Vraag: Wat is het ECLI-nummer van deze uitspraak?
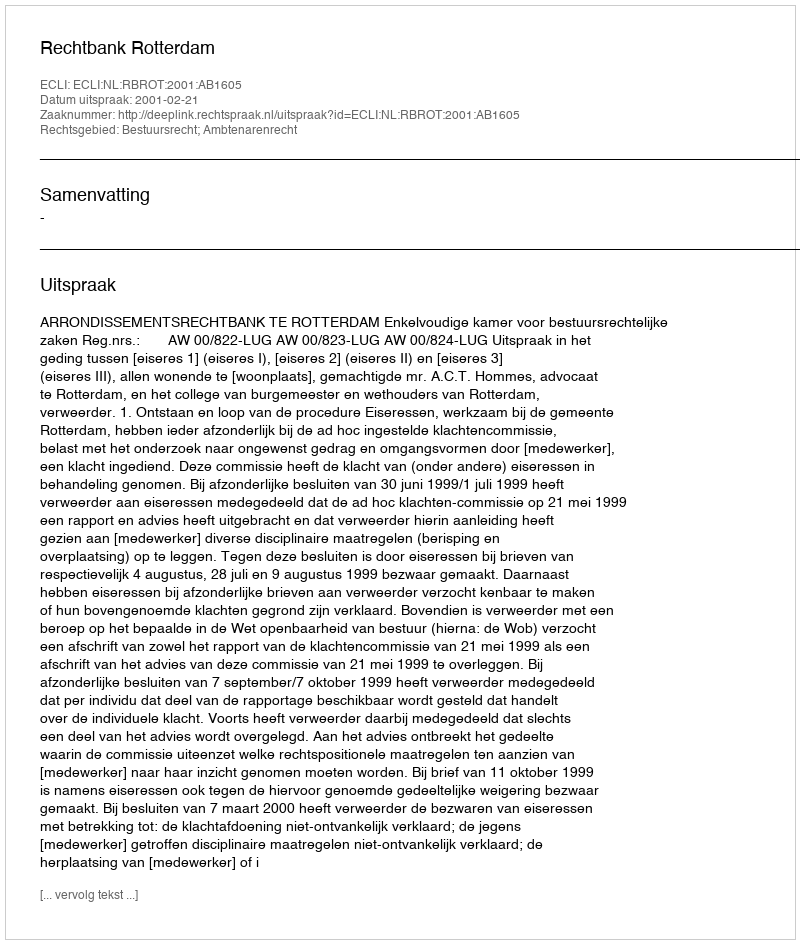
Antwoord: ECLI:NL:RBROT:2001:AB1605